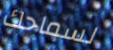
لسماحك